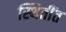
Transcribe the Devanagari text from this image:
स्थितींत